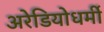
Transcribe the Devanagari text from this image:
अरेडियोधर्मी